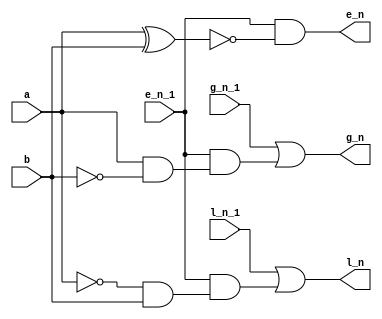
module one_bit_comparator(a, b, e_n_1, g_n_1, l_n_1, e_n, g_n, l_n);

    input a;
    input b;
    input e_n_1;
    input g_n_1;
    input l_n_1;

    output wire e_n;
    output wire g_n;
    output wire l_n;

    assign g_n = g_n_1 | (e_n_1 & (a & (~b)));
    assign e_n= e_n_1 & ~(a^b);
    assign l_n = l_n_1 | (e_n_1 & ((~a) & b)); 

endmodule